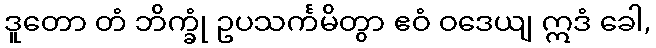
ဒူတော တံ ဘိက္ခုံ ဥပသင်္ကမိတွာ ဧဝံ ဝဒေယျ ဣဒံ ခေါ,